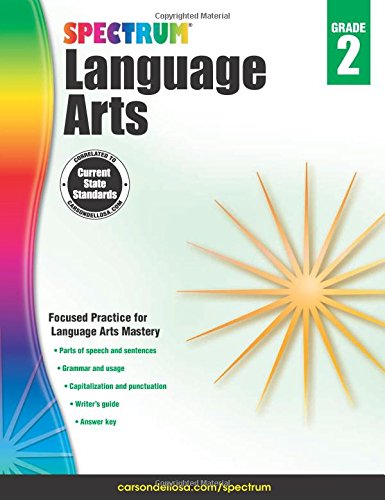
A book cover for Spectrum Language Arts, Grade 2; Children's Books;